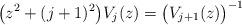
LaTeX: \begin{align*} \big(z^2 +(j +1)^2\big)V_{j}(z) = \big(V_{j +1}(z)\big)^{-1}\end{align*}